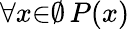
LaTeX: \forall{x}{\in}\emptyset\, P(x)